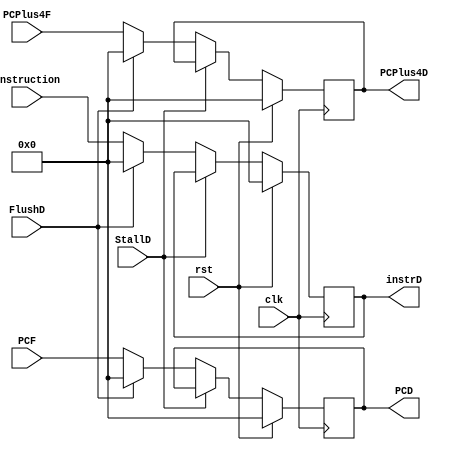
module first_register (
    input             clk,
    input             rst,
    input             StallD,
    input             FlushD,
    input      [31:0] instruction,
    input      [31:0] PCF,
    input      [31:0] PCPlus4F,
    output reg [31:0] instrD, 
    output reg [31:0] PCD,
    output reg [31:0] PCPlus4D
);
    always @(posedge clk) begin
        if (rst) begin
           instrD    <= 32'd0;
            PCD      <= 32'd0;
            PCPlus4D <= 32'd0;
        end
        else if (StallD) begin
            instrD   <= instrD;
            PCD      <= PCD;
            PCPlus4D <= PCPlus4D;
        end
        else if (FlushD) begin
            instrD   <= 32'd0;
            PCD      <= 32'd0;
            PCPlus4D <= 32'd0;
        end
        else begin
            instrD   <= instruction;
            PCD      <= PCF;
            PCPlus4D <= PCPlus4F;
        end
        
    end
    
endmodule